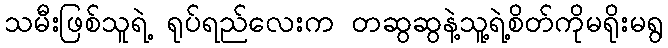
သမီးဖြစ်သူရဲ့ ရုပ်ရည်လေးက တဆွဆွနဲ့သူ့ရဲ့စိတ်ကိုမရိုးမရွ